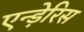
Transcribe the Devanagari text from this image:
एन्ड़ेरिस